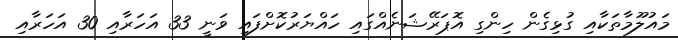
މައުލޫމާތަކާއި ގުޅިގެން ހިންގި އޮޕަރޭޝަނެއްގައި ހައްޔަރުކޮށްފައި ވަނީ 33 އަހަރާއި 30 އަހަރާއި